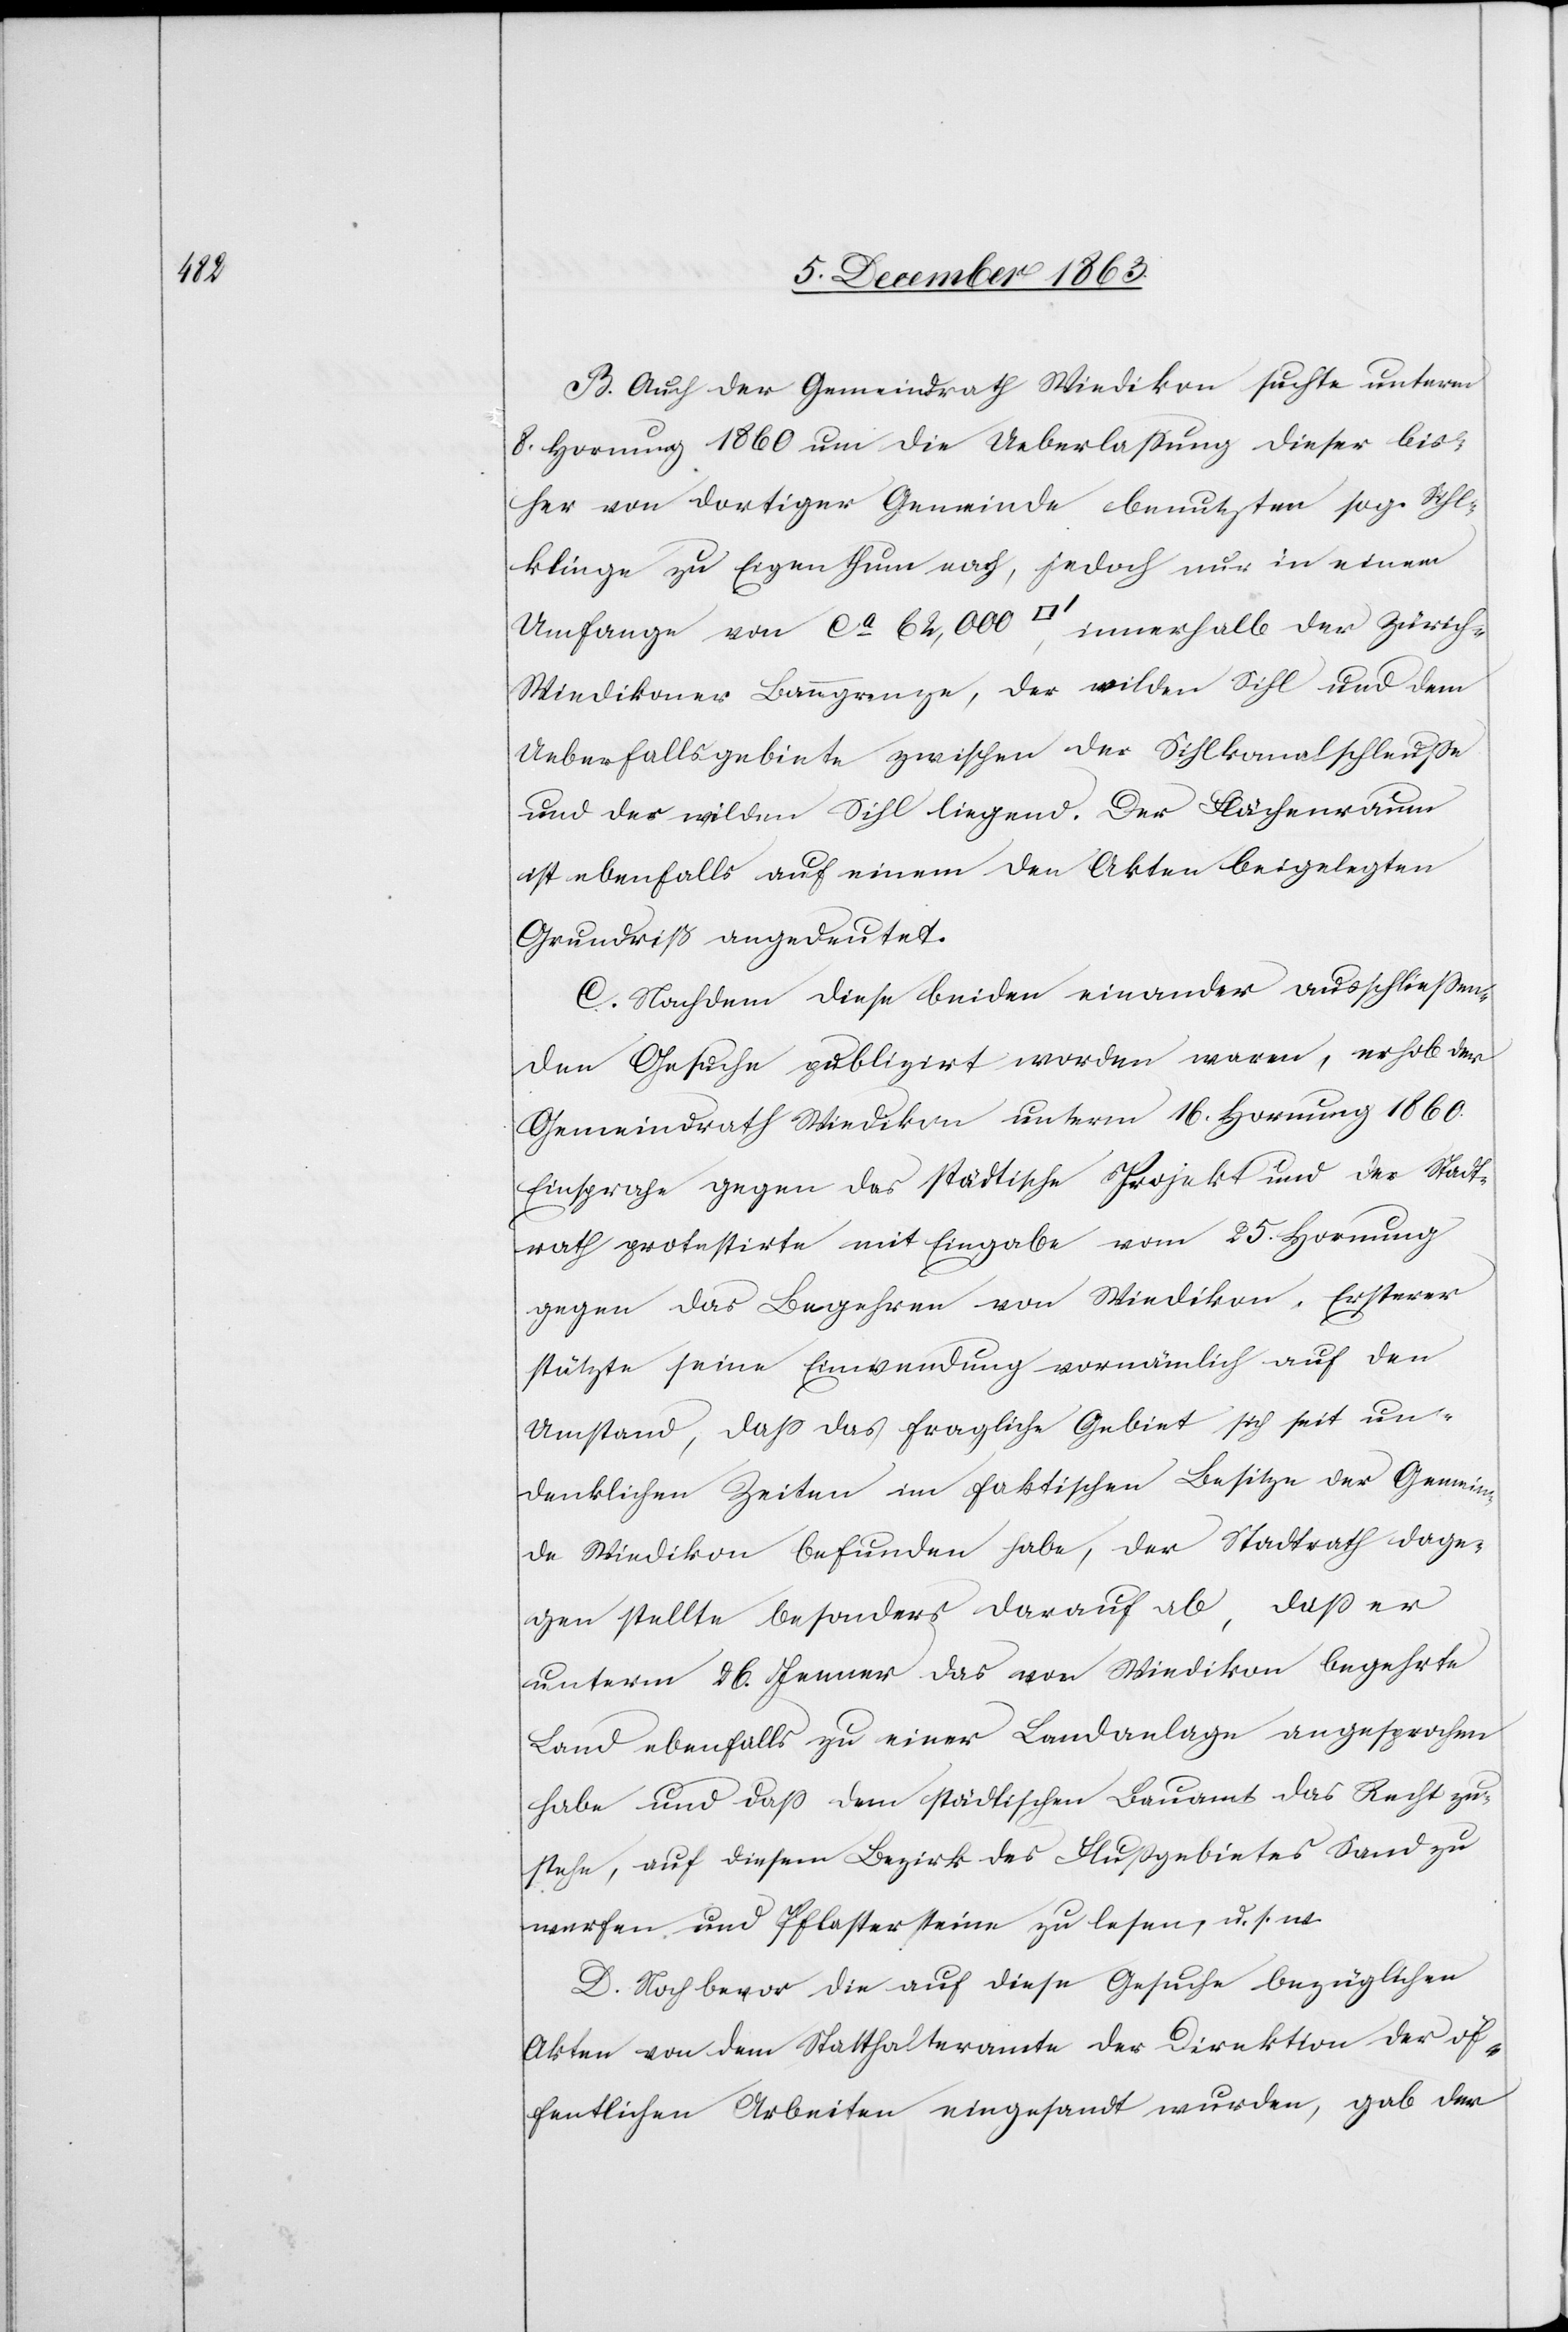
B. Auch der Gemeindrath Wiedikon suchte unterm
8. Hornung 1860 um die Ueberlassung dieser bis¬
her von dortiger Gemeinde benutzten sog. Sihl¬
klinge zu Eigenthum nach, jedoch nur in einem
Umfange von ca 62,000 [Quadratfuss], innerhalb der Züric¬
h-Wiedikoner Banngrenze, der wilden Sihl und dem
Ueberfallsgebiete zwischen der Sihlkanalschleusse
und der wilden Sihl liegend. Der Flächenraum
ist ebenfalls auf einem den Akten beigelegten
Grundriß angedeutet.
C. Nachdem diese beiden einander ausschliessen¬
den Gesuche publizirt worden waren, erhob der
Gemeindrath Wiedikon unterm 16. Hornung 1860.
Einsprache gegen das städtische Projekt und der Stadt¬
rath protestirte mit Eingabe vom 25. Hornung
gegen das Begehren von Wiedikon. Ersterer
stützte seine Einwendung vornämlich auf den
Umstand, dass das fragliche Gebiet sich seit un¬
denklichen Zeiten im faktischen Besitze der Gemein¬
de Wiedikon befunden habe, der Stadtrath dage¬
gen stellte besonders darauf ab, dass er
unterm 26. Jenner das von Wiedikon begehrte
Land ebenfalls zu einer Landanlage angesprochen
habe und dass dem städtischen Bauamt das Recht zu¬
stehe, auf diesem Bezirk des Flussgebietes Sand zu
werfen und Pflastersteine zu lesen, u. s. w.
D. Noch bevor die auf diese Gesuche bezüglichen
Akten von dem Statthalteramte der Direktion der öf¬
fentlichen Arbeiten eingesandt wurden, gab der